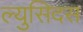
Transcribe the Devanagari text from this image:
ल्युसिदस